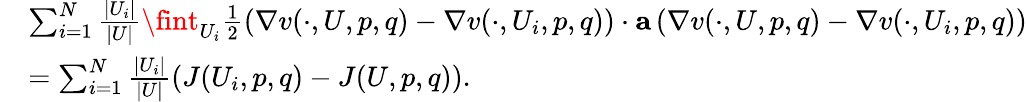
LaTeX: \begin{array}{rl}&{\sum_{i=1}^{N}\frac{\left|U_{i}\right|}{\left|U\right|}\fint_{U_{i}}\frac{1}{2}\left(\nabla v(\cdot,U,p,q)-\nabla v(\cdot,U_{i},p,q)\right)\cdot\mathbf{a}\left(\nabla v(\cdot,U,p,q)-\nabla v(\cdot,U_{i},p,q)\right)}\\ &{=\sum_{i=1}^{N}\frac{\left|U_{i}\right|}{\left|U\right|}\left(J(U_{i},p,q)-J(U,p,q)\right).}\end{array}